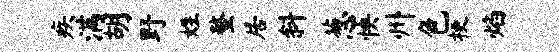
疾满胡野姓螯居斜葱怏州色梗焰